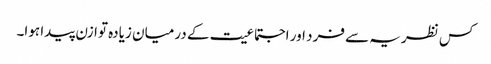
کس نظریہ سے فرد اور اجتماعیت کے درمیان زیادہ توازن پیدا ہوا۔